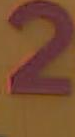
2